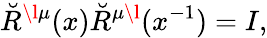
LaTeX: \breve{R}^{\l\mu}(x)\breve{R}^{\mu\l}(x^{-1})=I,